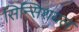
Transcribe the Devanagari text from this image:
सिन्सिशयल